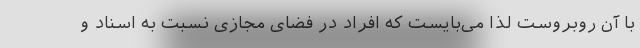
با آن روبروست لذا می‌بایست که افراد در فضای مجازی نسبت به اسناد و